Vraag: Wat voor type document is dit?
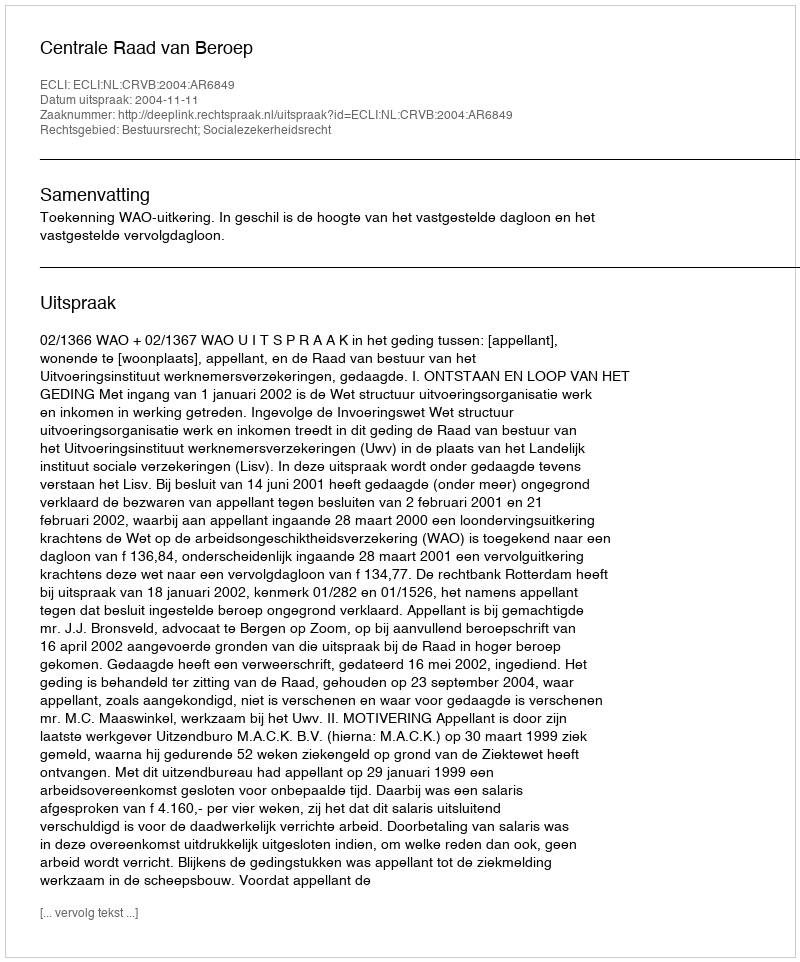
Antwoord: Uitspraak